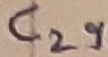
Text: C29